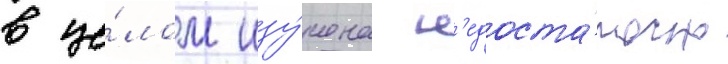
в це́лом изу́чена н'едоста́точно